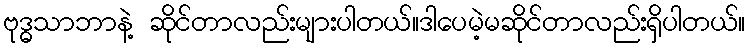
ဗုဒ္ဓသာဘာနဲ့ ဆိုင်တာလည်းများပါတယ်။ဒါပေမဲ့မဆိုင်တာလည်းရှိပါတယ်။